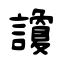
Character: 讂